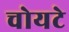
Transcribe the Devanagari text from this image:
चोयटे